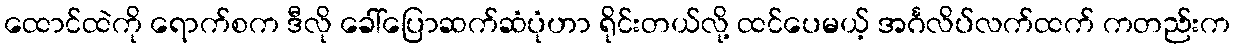
ထောင်ထဲကို ရောက်စက ဒီလို ခေါ်ပြောဆက်ဆံပုံဟာ ရိုင်းတယ်လို့ ထင်ပေမယ့် အင်္ဂလိပ်လက်ထက် ကတည်းက